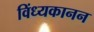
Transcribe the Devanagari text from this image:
विंध्यकानन